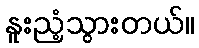
နူးညံ့သွားတယ်။